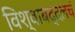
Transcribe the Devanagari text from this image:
विश्वाबद्दलचं